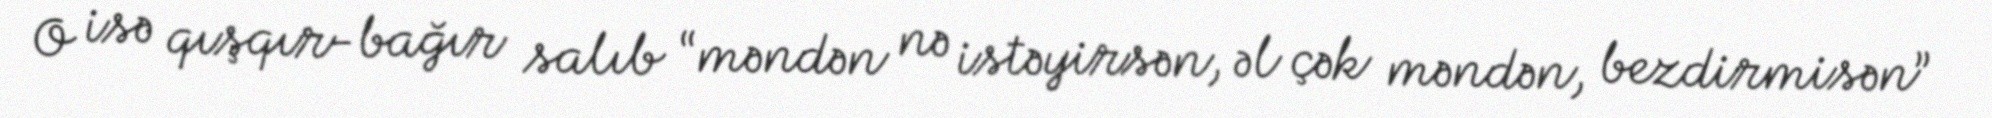
O isə qışqır-bağır salıb “məndən nə istəyirsən, əl çək məndən, bezdirmisən”